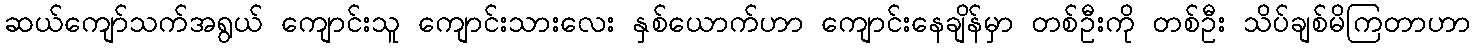
ဆယ်ကျော်သက်အရွယ် ကျောင်းသူ ကျောင်းသားလေး နှစ်ယောက်ဟာ ကျောင်းနေချိန်မှာ တစ်ဦးကို တစ်ဦး သိပ်ချစ်မိကြတာဟာ